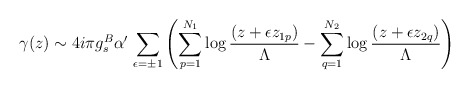
\begin{align*}\gamma(z) \sim 4 i \pi g^B_s \alpha^\prime \,\sum_{\epsilon=\pm1}\left(\sum_{p=1}^{N_1} \log\frac{(z+\epsilon z_{1p})}{\Lambda} - \sum_{q=1}^{N_2} \log\frac{(z+\epsilon z_{2q})}{\Lambda}\right)\end{align*}